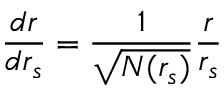
\frac { d r } { d r _ { s } } = \frac { 1 } { \sqrt { N ( r _ { s } ) } } \frac { r } { r _ { s } }